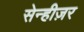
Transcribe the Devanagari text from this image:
सेन्हीज़र